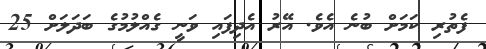
ފެތުރި ކަމަށް ބުނެ އެވެ. އޭރު އެދިފައި ވަނީ ގެއްލުމުގެ ބަދަލަށް 25